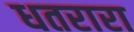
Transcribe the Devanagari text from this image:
धतरारा